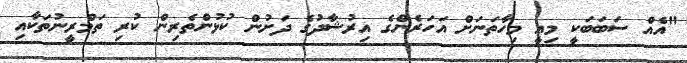
"އެއް ސަބަބަކީ މިއީ މިހާތަނަށް އަހަރެންގެ އިރުޝާދުގެ ދަށުން ކުޅުންތެރިން ކުރި ތަމްރީނުތަކާއި